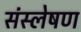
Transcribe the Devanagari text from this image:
संस्लेषण